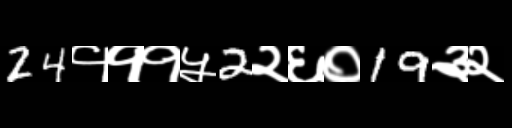
Text: 24१११५2२६०19३२